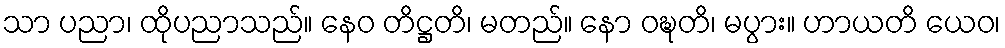
သာ ပညာ၊ ထိုပညာသည်။ နေဝ တိဋ္ဌတိ၊ မတည်။ နော ဝဍ္ဎတိ၊ မပွား။ ဟာယတိ ယေဝ၊